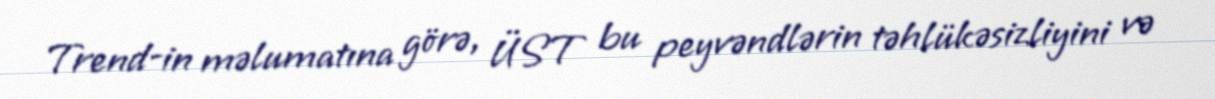
Trend-in məlumatına görə, ÜST bu peyvəndlərin təhlükəsizliyini və